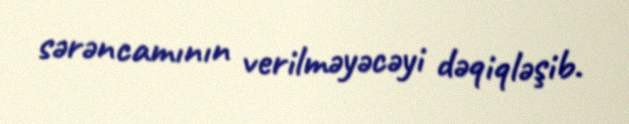
sərəncamının verilməyəcəyi dəqiqləşib.